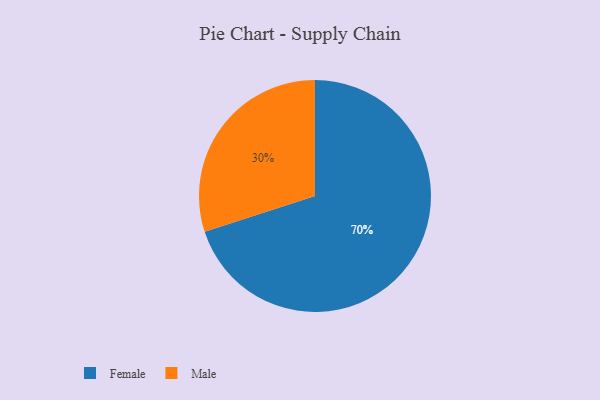
{"axis": {"x": "Category", "y": "Percentage"}, "legend": ["Female", "Male"], "data": [{"x": "Female", "y": 70, "type": "Female"}, {"x": "Male", "y": 30, "type": "Male"}]}